Medical and sanitary report of the native army of Bengal for the year
Year: 1878
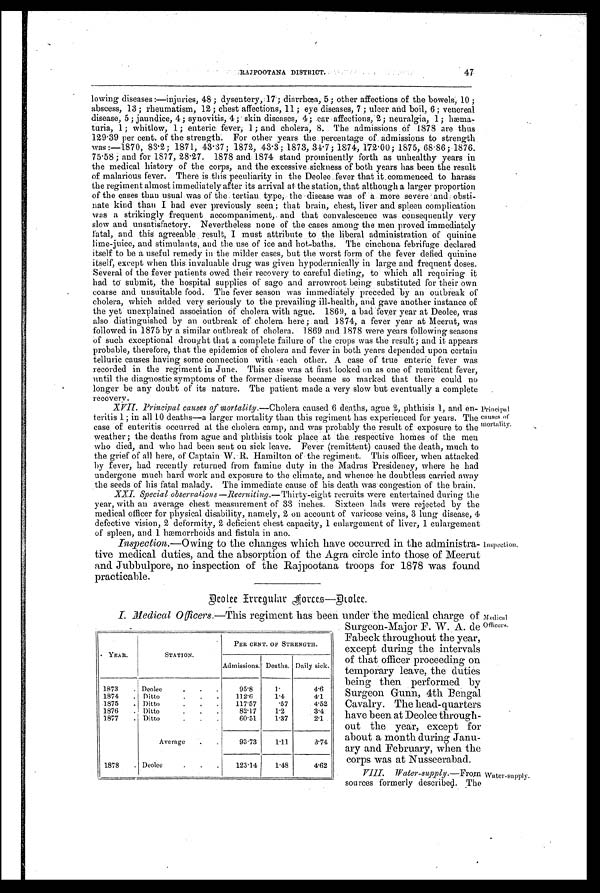
RAJPOOTANA DISTRICT.
47
lowing diseases :—injuries, 48 ; dysentery, 17 ; diarrhœa, 5 ; other affections of the bowels, 10 ;
abscess, 13 ; rheumatism, 12; chest affections, 11 ; eye diseases, 7 ; ulcer and boil, 6; venereal
disease, 5 ; jaundice, 4 ; synovitis 4 ; skin diseases, 4 ; ear affections, 2 ; neuralgia, 1 ; hæma-
turia, 1 ; whitlow, 1 ; enteric fever, 1 ; and cholera, 8. The admissions of 1878 are thu s
129.39 per cent. of the strength. For other years the percentage of admissions to strength
was :—1870, 83.2 ; 1871, 43 . 37 ; 1872, 43.3 ; 1873, 34 . 7 ; 1874, 172 . 00 ; 1875, 68.86 ; 1876.
75 . 5 8 : a n d f o r 1 8 7 7 , 2 8. 2 7 . 1 8 7 8 a n d 1 8 7 4 s t a n d p r o m i n e n t l y f o r t h a s u n h e a l t h y y e a r s i n
the medical history of the corps, and the excessive sickness of both years has been the result
of malarious fever. There is this peculiarity in the Deolee fever that it commenced to harass
the regiment almost immediately after its arrival at the station, that although a larger proportion
of the cases than usual was of the tertian type, the disease was of a more severe and obsti-
nate kind than I had ever previously seen ; that brain, chest, liver and spleen complication
was a strikingly frequent accompaniment, and that convalescence was consequently very
slow and unsatisfactory. Nevertheless none of the cases among the men proved immediately
fatal, and this agreeable result, I must attribute to the liberal administration of quinine
lime-juice, and stimulants, and the use of ice and hot-baths. The cinchona febrifuge declared
itself to be a useful remedy in the milder cases, but the worst form of the fever defied quinine
itself, except when this invaluable drug was given hypodermically in large and frequent doses.
Several of the fever patients owed their recovery to careful dieting, to which all requiring it
had to submit, the hospital supplies of sago and arrowroot being substituted for their own
coarse and unsuitable food. The fever season was immediately preceded by an outbreak of
cholera, which added very seriously to the prevailing ill-health , and gave another instance of
the yet unexplained association of cholera with ague. 1869, a bad fever year at Deolee, was
also distinguished by an outbreak of cholera. here ; and 1874, a fever year at Meerut, was
followed in 1875 by a similar outbreak of cholera. 1869 and 1878 were years following seasons
of such exceptional drought that a complete failure of the crops was the result ; and it appears
probable, therefore, that the epidemics of cholera and fever in both years depended upon certain
telluric causes having some connection with each other. A case of true enteric fever was
recorded in the regiment in June. This case was at first looked on as one of remittent fever,
until the diagnostic symptoms of the former disease became so marked that there could no
longer be any doubt of its nature. The patient made a very slow but eventually a complete
recovery.
Principal causes of mortality. —Cholera caused 6 deaths, ague 2, phthisis 1, and en-
teritis 1 ; in all 10 deaths—a larger mortality than this regiment has experienced for years. The
case of enteritis occurred at the cholera camp, and was probably the result of exposure to the
weather ; the deaths horn ague and phthisis took place at the respective homes of the men
who died, and who had been sent on sick leave. Fever (remittent) caused the death, much to
the grief of all here, of Captain W. R. Hamilton of the regiment. This officer, when attacked
by fever, had recently returned from famine duty in the Madras Presidency, where he had
undergone much bard work and exposure to the climate, and whence he doubtless carried away
the seeds of his fatal malady. The immediate cause of his death was congestion of the brain.
XXI. Special observations —Recruiting. —Thirty-eight recruits were entertained during the
year, with an average chest measurement of 33 inches. Sixteen lads were rejected by the
medical officer for physical disability, namely, 2 on account of varicose veins, 3 lung disease, 4
defective vision, 2 deformity, 2 deficient chest capacity, 1 enlargement of liver, 1 enlargement
of spleen, and 1 hæmorrhoids and fistula in ano.
Inspection. —Owing to the changes which have occurred in the administra-
tive medical duties, and the absorption of the Agra circle into those of Meerut
and Jubbulpore, no inspection of the Rajpootana troops for 1878 was found
practicable.
Deolee Irregular Forces—Doolee.
Principal
causes of
mortality.
Inspection.
I. Medical Officers. —This regiment has been under the medical charge of
Surgeon-Major F. W. A. de
Fabeck throughout the year,
except during the intervals
of that officer proceeding on
temporary leave, the duties
being then performed by
Surgeon Gunn, 4th Bengal
Cavalry. The head-quarters
have been at Deolee through-
out the year, except for
about a month during Janu-
ary and February, when the
corps was at Nusseerabad.
VIII. W ater-supply. —From
sources formerly described. The
YEAR.
STATION.
PER CENT. OF STRENGTH.
Admissions. Deaths. Daily sick.
1873
. Deolee
95.8
1.
4.6
1874
. Ditto
.
.
.
112.6
1.4
4.1
1875
. Ditto
.
.
.
117.57
.57
4.52
1876
. Ditto . . .
82.17
1.2
3.4
1877
. Ditto.
.
.
60.51
1.37
2.1
Average
.
.
93.73
1.11
3.74
1878
. Deolee
.
.
.
123.14
1.48
4.62
Medical
Officers.
Water-supply.